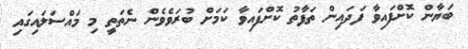
ބަޔާން ކޮށްފައިވާ ފަދައިން ތަފާތު ކޮށްފައިވާ ކަމަށް ބުރަވެވެން ނެތަތީ މި މައްސަލައިގައި